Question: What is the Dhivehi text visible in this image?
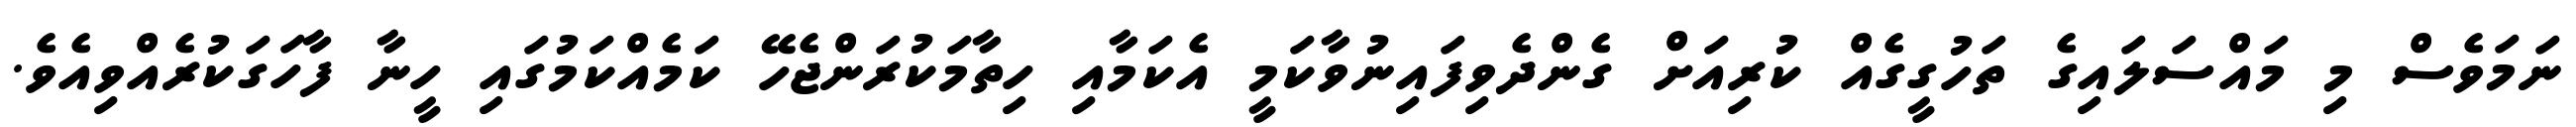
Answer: ނަމަވެސް މި މައްސަލައިގެ ތަހުގީގެއް ކުރިއަށް ގެންދެވިފައިނުވާކަމީ އެކަމާއި ހިތާމަކުރަންޖެހޭ ކަމެއްކަމުގައި ހީނާ ފާހަގަކުރެއްވިއެވެ.